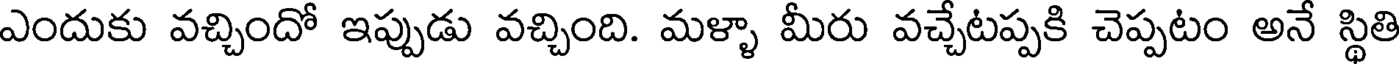
ఎందుకు వచ్చిందో ఇప్పుడు వచ్చింది. మళ్ళా మీరు వచ్చేటప్పకి చెప్పటం అనే స్థితి